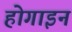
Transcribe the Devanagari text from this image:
होगाइन